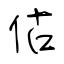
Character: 估